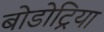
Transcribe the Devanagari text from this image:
बोडोट्रिया